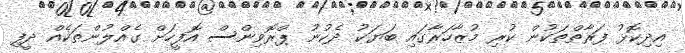
އިދިކޮޅު ފަރާތްތަކުން ކުރި މުޒާހަރާގައި ބަޔަކު ދެކުނު ޕްރޮވިންސް އޮފީހަށް ގެއްލުންތަކެއް ދީފި